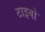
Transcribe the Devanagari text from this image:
टाइवो